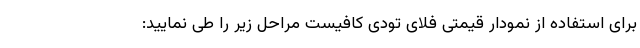
برای استفاده از نمودار قیمتی فلای تودی کافیست مراحل زیر را طی نمایید: